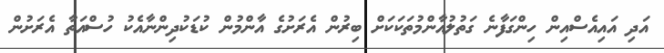
އަދި އައިއެސްއިން ހިންގަފާނެ ގަތުލުއާންމުތަކަކަށް ބިރުން އެރަށުގެ އާންމުން ކުޑަކުދިންނާއެކު ހުސްއަތާ އެރަށުން